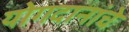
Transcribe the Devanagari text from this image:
योगदानांचे